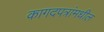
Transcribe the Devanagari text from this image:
कागदपत्रांमधील